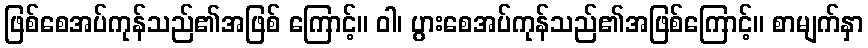
ဖြစ်စေအပ်ကုန်သည်၏အဖြစ် ကြောင့်။ ဝါ၊ ပွားစေအပ်ကုန်သည်၏အဖြစ်ကြောင့်။ စာမျက်နှာ